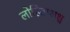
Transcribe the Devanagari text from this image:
लोहिताक्षश्च